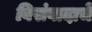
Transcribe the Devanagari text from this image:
विसंवादाचे